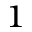
^ { \small 1 }